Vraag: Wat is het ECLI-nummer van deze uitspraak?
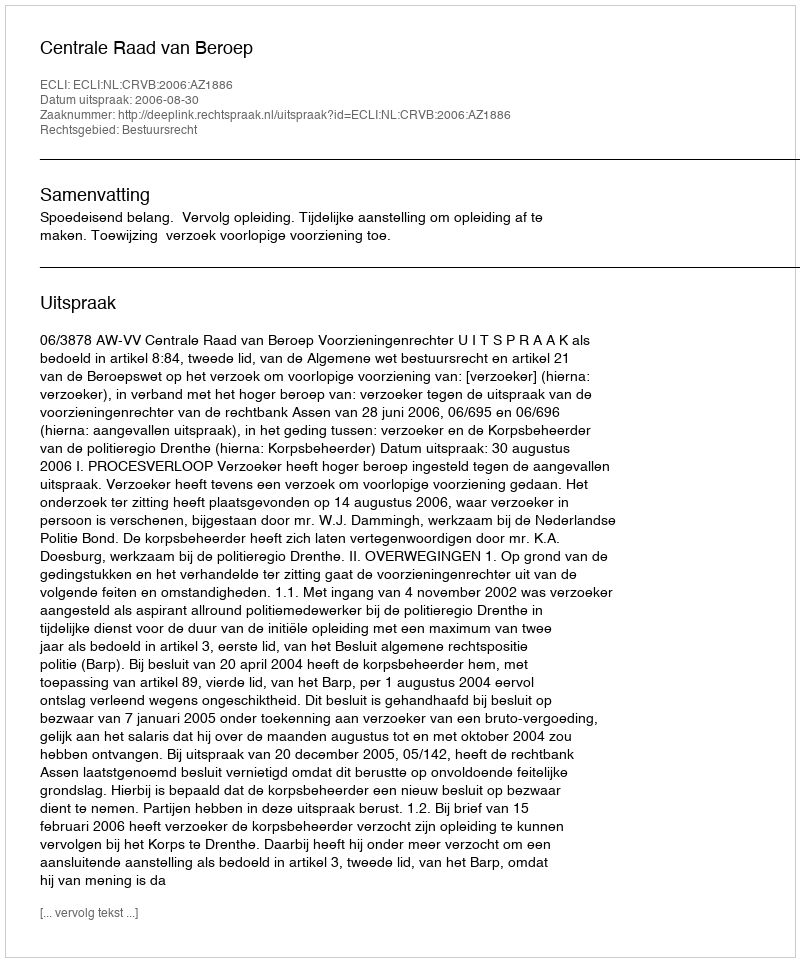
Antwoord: ECLI:NL:CRVB:2006:AZ1886